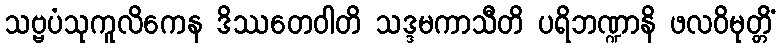
သဗ္ဗပံသုကူလိကေန ဒိဿတေဝါတိ သဒ္ဒမကာသီတိ ပရိဘဏ္ဍာနိ ဖလဝိမုတ္တိံ